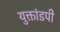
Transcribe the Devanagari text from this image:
युक्तांडपी